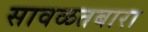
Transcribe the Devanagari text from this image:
सावळतबारा